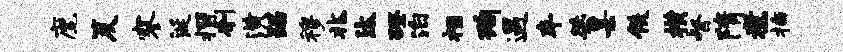
麾笈寥涎摺刳潢踞穆兆汰磴泊禄洵遇车桀某佚横督隋煮插